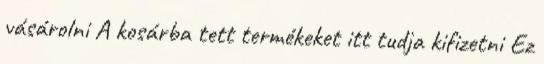
vásárolni A kosárba tett termékeket itt tudja kifizetni Ez